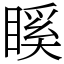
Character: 𥉐